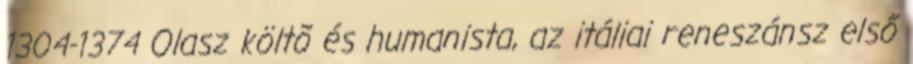
1304-1374 Olasz költõ és humanista, az itáliai reneszánsz első